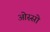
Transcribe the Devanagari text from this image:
ओस्सो